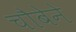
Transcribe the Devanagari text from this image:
चौबेने